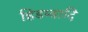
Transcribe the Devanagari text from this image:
हिडम्बादि